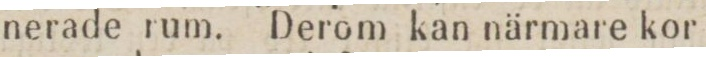
nerade rum. Derom kan närmare kor